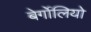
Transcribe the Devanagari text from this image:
बेर्गोलियो